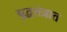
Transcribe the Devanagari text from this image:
युद्धतंत्रात